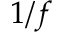
1 / f